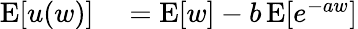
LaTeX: \begin{array}{rl}{\operatorname{E}[u(w)]}&{{}=\operatorname{E}[w]-b\operatorname{E}[e^{-aw}]}\end{array}